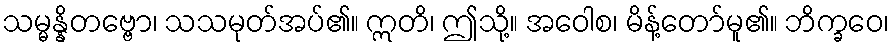
သမ္မန္နိတဗ္ဗော၊ သသမုတ်အပ်၏။ ဣတိ၊ ဤသို့။ အဝေါစ၊ မိန့်တော်မူ၏။ ဘိက္ခဝေ၊